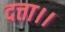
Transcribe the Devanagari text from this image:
दत्ता।।